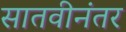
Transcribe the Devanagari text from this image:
सातवीनंतर